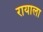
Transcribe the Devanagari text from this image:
रायाला